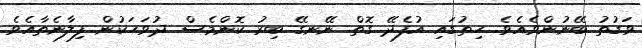
ވަގުތު ބޭނުންވެއެވެ. ހިތުގައި އުފެދޭ ގޮތް ނޭނގޭ ބިރު ކޮންމެސް ދުވަހަކުން ފިލާނެތާއެވެ.